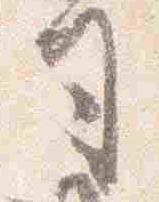
司